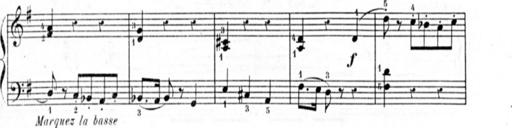
Title: 3 Sonatines, 2nd series
Composer: Blas MarÃ­a de Colomer
Key: B